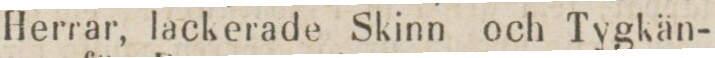
Herrar, lackerade Skinn och Tygkän-